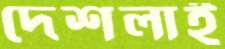
দেশলাই